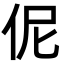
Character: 伲